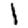
Digit: 1